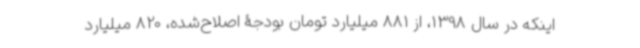
اینکه در سال 1398، از 881 میلیارد تومان بودجۀ اصلاح‌شده، 820 میلیارد